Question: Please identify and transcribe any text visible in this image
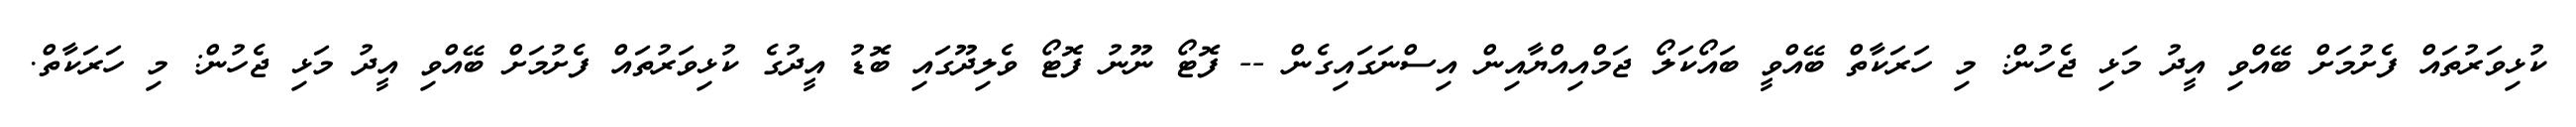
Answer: ކުޅިވަރުތައް ފެށުމަށް ބޭއްވި އީދު މަޅި ޖެހުން: މި ހަރަކާތް ބޭއްވީ ބައޯކަލޯ ޖަމްއިއްޔާއިން އިސްނަގައިގެން -- ފޮޓޯ ނޫނު ފޮޓޯ ވެލިދޫގައި ބޮޑު އީދުގެ ކުޅިވަރުތައް ފެށުމަށް ބޭއްވި އީދު މަޅި ޖެހުން: މި ހަރަކާތް.